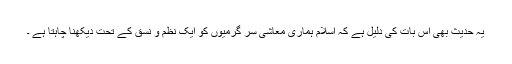
یہ حدیث بھی اس بات کی دلیل ہے کہ اسلام ہماری معاشی سر گرمیوں کو ایک نظم و نسق کے تحت دیکھنا چاہتا ہے ۔